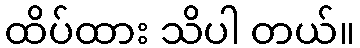
ထိပ်ထား သိပါ တယ်။